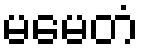
မမေတံ